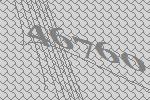
46760